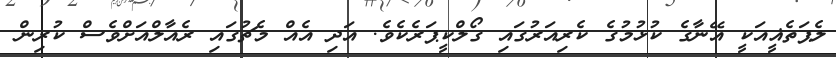
ލެޕަތެޣީއަކީ އޭނާގެ ކުޅުމުގެ ކެރިއަރުގައި ގޯލްކީޕަރެކެވެ. އަދި އެއް މެޗުގައި ރެއާލްއަށްވެސް ކުރިން